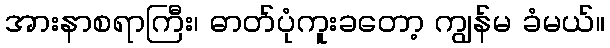
အားနာစရာကြီး၊ ဓာတ်ပုံကူးခတော့ ကျွန်မ ခံမယ်။